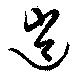
逍